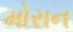
મોરાન